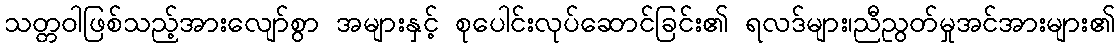
သတ္တဝါဖြစ်သည့်အားလျော်စွာ အများနှင့် စုပေါင်းလုပ်ဆောင်ခြင်း၏ ရလဒ်များ၊ညီညွတ်မှုအင်အားများ၏